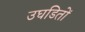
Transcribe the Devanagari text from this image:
उघडितों